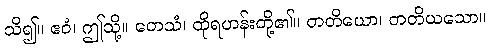
သိ၍။ ဧဝံ၊ ဤသို့။ တေသံ၊ ထိုရဟန်းတို့၏။ တတိယော၊ တတိယသော။